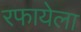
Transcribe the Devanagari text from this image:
रफायेला